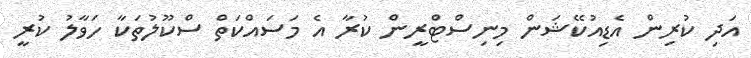
އަދި ކުރިން އެޑިއުކޭޝަން މިނިސްޓްރީން ކުރާ އެ މަސައްކަތް ސްކޫލުތަކާ ހަވާލު ކުރީ